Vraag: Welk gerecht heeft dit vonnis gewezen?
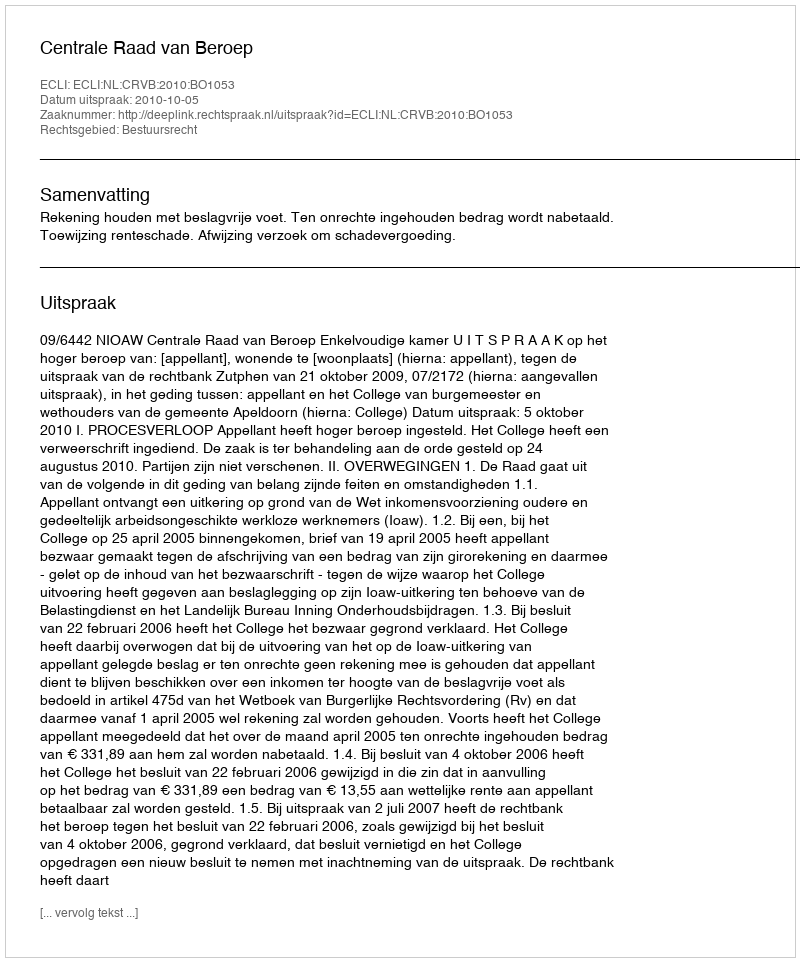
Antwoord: Centrale Raad van Beroep